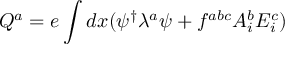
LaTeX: Q ^ { a } = e \int d x ( \psi ^ { \dagger } \lambda ^ { a } \psi + f ^ { a b c } A _ { i } ^ { b } E _ { i } ^ { c } )